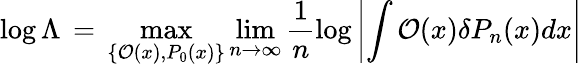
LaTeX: \log\Lambda\, =\, \operatorname*{max}_{\{ {\cal O}(x),P_{0}(x)\} }\operatorname*{lim}_{n\to\infty}\frac{1}{n}\log\left|\int{\cal O}(x)\delta P_{n}(x)dx\right|